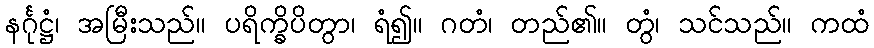
နင်္ဂုဋ္ဌံ၊ အမြီးသည်။ ပရိက္ခိပိတွာ၊ ရံ၍။ ဂတံ၊ တည်၏။ တွံ၊ သင်သည်။ ကထံ